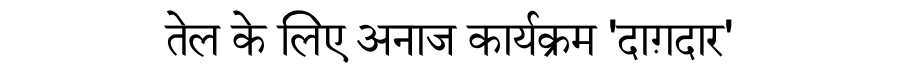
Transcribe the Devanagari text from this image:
तेल के लिए अनाज कार्यक्रम 'दाग़दार'